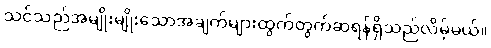
သင်သည်အမျိုးမျိုးသောအချက်များထွက်တွက်ဆရန်ရှိသည်လိမ့်မယ်။